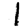
Digit: 1